Document type: Recognition
Year: 1437
Scribe: Pere Ponçgem
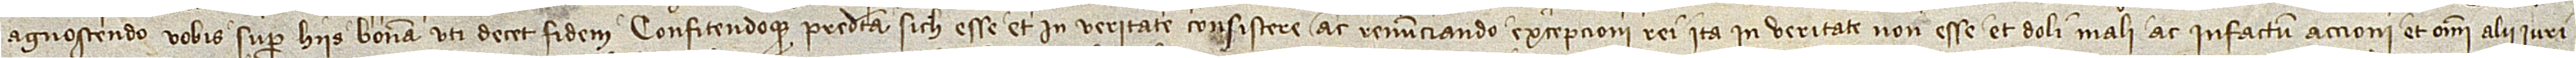
agnoscendo vobis super hiis bonam uti decet fidem confitendoque predicta sich esse et in veritate consistere ac renunciando excepcioni rei ita in veritate non esse, et doli mali ac infactum accioni, et omni alii iuri,